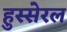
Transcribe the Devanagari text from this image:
हुस्सेरल